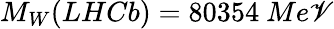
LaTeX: M_{W}(LHCb)=80354\ Me\mathscr{V}